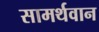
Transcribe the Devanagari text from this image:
सामर्थवान